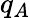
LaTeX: q_{A}